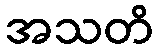
အသတိ